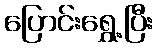
ပြောင်းရွှေ့ပြီး